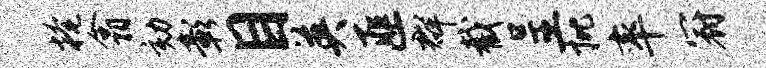
掩翕劾彰目英匪群截呈批率冠